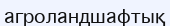
агроландшафтық